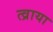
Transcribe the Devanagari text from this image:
त्व्राया